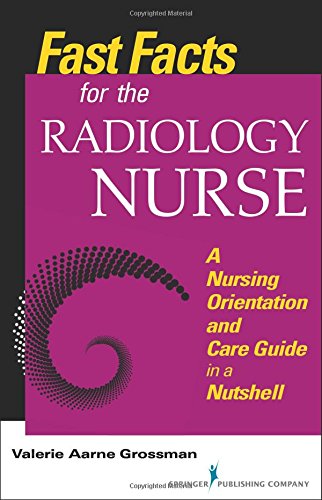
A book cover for Fast Facts for the Radiology Nurse: An Orientation and Nursing Care Guide in a Nutshell (Fast Facts (Springer)); Valerie Aarne Grossman MALS  BSN  RN; Medical Books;